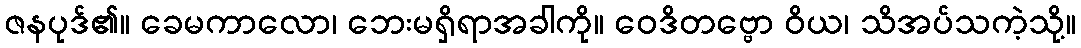
ဇနပုဒ်၏။ ခေမကာလော၊ ဘေးမရှိရာအခါကို။ ဝေဒိတဗ္ဗော ဝိယ၊ သိအပ်သကဲ့သို့။